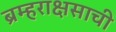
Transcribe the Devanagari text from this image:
ब्रम्हराक्षसाची